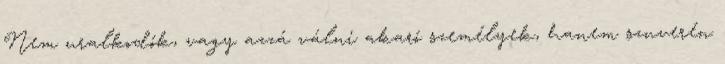
Nem uralkodók, vagy azzá válni akaró személyek, hanem szuverén